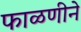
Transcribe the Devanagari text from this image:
फाळणीने